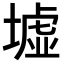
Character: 墟